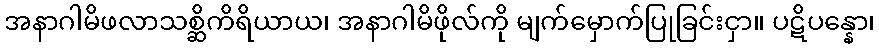
အနာဂါမိဖလာသစ္ဆိကိရိယာယ၊ အနာဂါမိဖိုလ်ကို မျက်မှောက်ပြုခြင်းငှာ။ ပဋိပန္နော၊